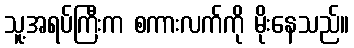
သူ့အရပ်ကြီးက စကားလက်ကို မိုးနေသည်။